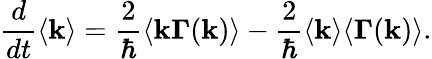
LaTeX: \frac{d}{dt}\langle\mathbf{k}\rangle=\frac{2}{\hbar}\langle\mathbf{k}\mathbf{\Gamma}(\mathbf{k})\rangle-\frac{2}{\hbar}\langle\mathbf{k}\rangle\langle\mathbf{\Gamma}(\mathbf{k})\rangle.